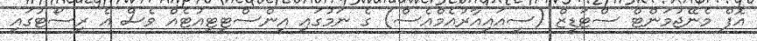
އޮފް މެނޭޖުމަންޓް ސްޓަޑީޒް (ސީއައިއާރުއެމްއެސް) ގެ ނަމުގައި އިންސްޓިޓިއުޓެއް ވެސް އެ ރިސޯޓުގައި